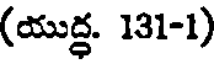
(యుద్ధ. 131-1)